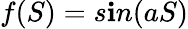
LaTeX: f(S)=s\mathbf{i}n(aS)